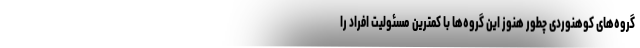
گروه‌های کوهنوردی چطور هنوز این گروه‌ها با کمترین مسئولیت افراد را